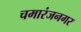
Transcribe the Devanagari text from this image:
चमारंजनगर